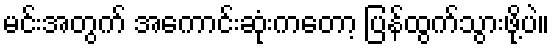
မင်းအတွက် အကောင်းဆုံးကတော့ ပြန်ထွက်သွားဖို့ပဲ။